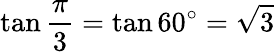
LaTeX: \tan{\frac{\pi}{3}}=\tan 60^{\circ}={\sqrt{3}}